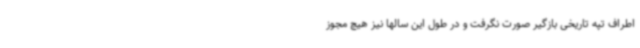
اطراف تپه تاریخی بازگیر صورت نگرفت و در طول این سالها نیز هیچ مجوز